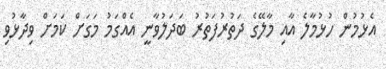
އެޅުމުން ހުޅުމާލެ އާއި މާލޭގެ ދަތުރުފަތުރު ބަދަލުވާނީ އެއްގަމު މަގަށް ކަމަށް ވިދާޅުވި